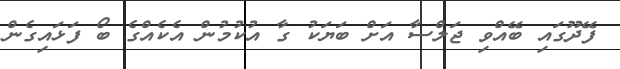
ފޭދޫގައި ބޭއްވި ޖަލްސާ އަށް ބަޔަކު ގާ އުކުމުން އެކެއްގެ ބޯ ފަޅައިގެން